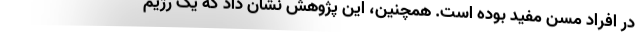
در افراد مسن مفید بوده است. همچنین، این پژوهش نشان داد که یک رژیم